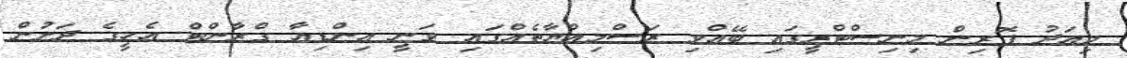
މިއަދު ފޮރިން މިނިސްޓްރީގައި ބޭއްވި ރަސްމިއްޔާތެއްގައި ވަނީ އިންޑިއާ ގްރާންޓް އެހީގެ ދަށުން